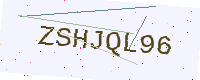
Text: ZSHJQL96